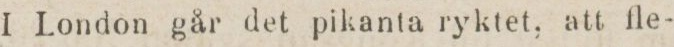
I London går det pikanta ryktet, att fle-